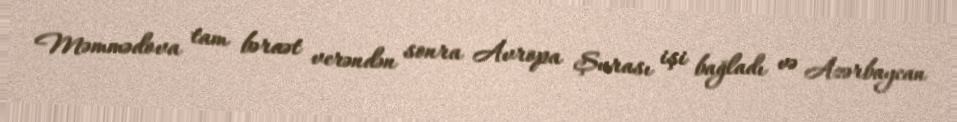
Məmmədova tam bəraət verəndən sonra Avropa Şurası işi bağladı və Azərbaycan